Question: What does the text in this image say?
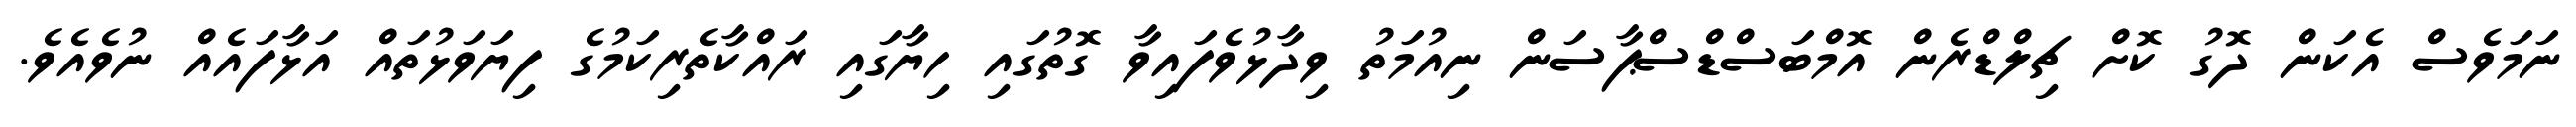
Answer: ނަމަވެސް އެކަން ދޮގު ކޮށް ޗިލްޑްރެން އޮމްބަސްޑްސްޕާސަން ނިއުމަތު ވިދާޅުވެފައިވާ ގޮތުގައި ހިޔާގައި ރައްކާތެރިކަމުގެ ފިޔަވަޅުތައް އަޅާފައެއް ނުވެއެވެ.